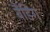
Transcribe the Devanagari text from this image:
बैंडिंग